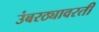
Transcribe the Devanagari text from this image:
उंबरठ्यावरती